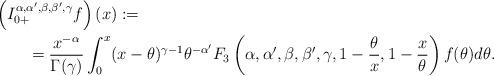
LaTeX: \begin{align*}&\left( I^{\alpha,\alpha',\beta,\beta',\gamma}_{0+} f\right)(x):=\\&\qquad=\frac{x^{-\alpha}}{\Gamma(\gamma)}\int_0^x (x-\theta)^{\gamma-1}\theta^{-\alpha'}F_3\left(\alpha,\alpha',\beta,\beta',\gamma, 1-\frac{\theta}{x}, 1-\frac{x}{\theta} \right)f(\theta)d\theta.\end{align*}